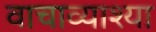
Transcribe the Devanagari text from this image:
वाचाव्याश्या